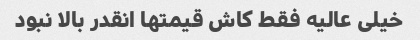
خیلی عالیه فقط کاش قیمتها انقدر بالا نبود